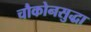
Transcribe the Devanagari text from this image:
चौकोनसुद्धा